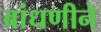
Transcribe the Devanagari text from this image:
बांधणीने